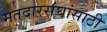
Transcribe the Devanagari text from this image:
मतदारसंघांसाठी